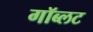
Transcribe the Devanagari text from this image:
गॉब्लट